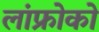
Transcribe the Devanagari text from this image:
लांफ्रोको